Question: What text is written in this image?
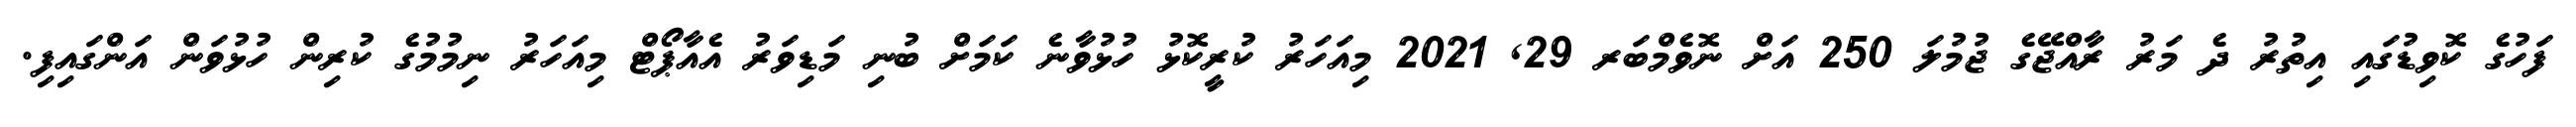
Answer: ފަހުގެ ކޮވިޑުގައި އިތުރު ދެ މަރު ރާއްޖޭގެ ޖުމުލަ 250 އަށް ނޮވެމްބަރ 29, 2021 މިއަހަރު ކުރީކޮޅު ހުޅުވާނެ ކަމަށް ބުނި މަޑިވަރު އެއާޕޯޓް މިއަހަރު ނިމުމުގެ ކުރިން ހުޅުވަން އަންގައިފި.